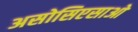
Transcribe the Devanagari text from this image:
असोसिएसाओ